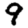
Digit: 9